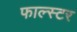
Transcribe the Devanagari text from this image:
फाल्स्टर